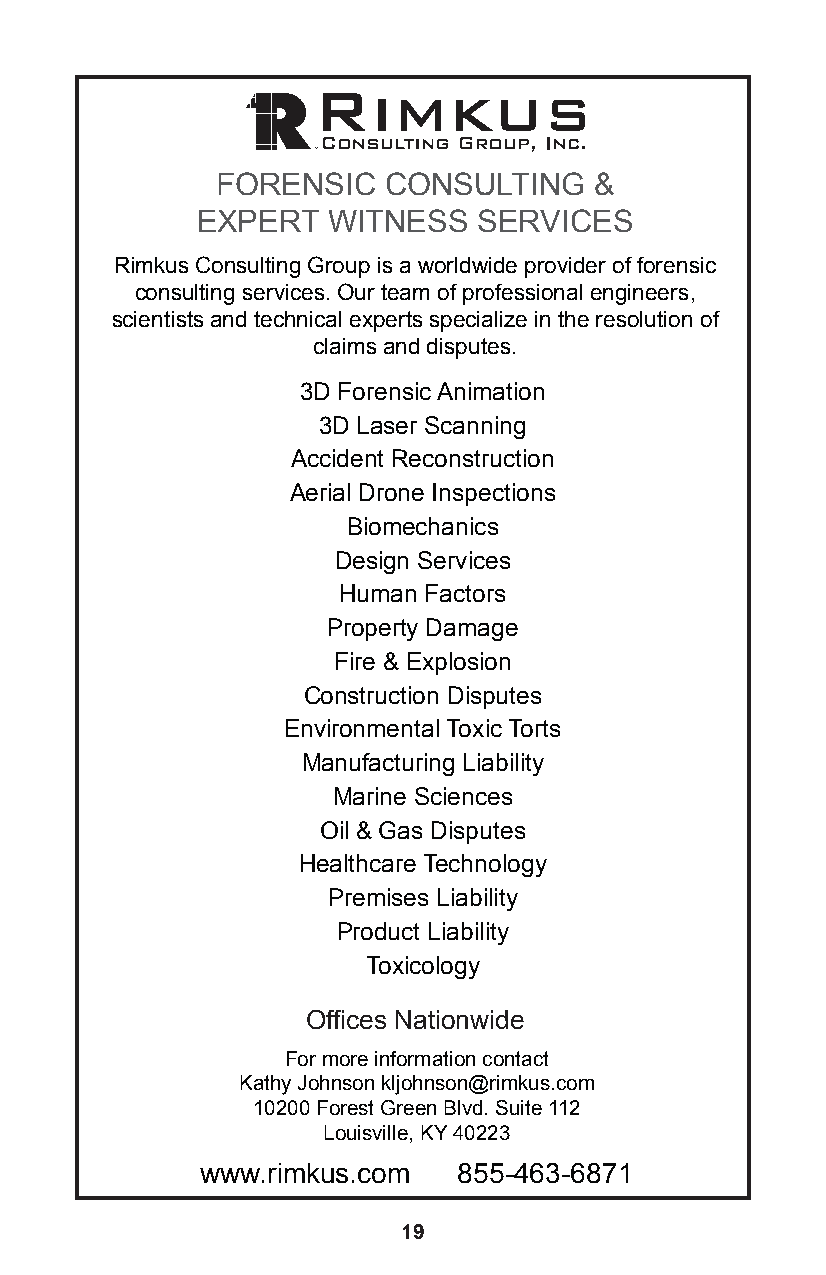
FORENSIC   CONSULTING    &
 EXPERT   WITNESS   SERVICES
 Rimkus Consulting Group is a worldwide provider of forensic
 consulting services. Our team of professional engineers,
 scientists and technical experts specialize in the resolution of
 claims and disputes.
 3D Forensic Animation
 3D Laser Scanning
 Accident Reconstruction
 Aerial Drone Inspections
 Biomechanics
 Design Services
 Human Factors
 Property Damage
 Fire & Explosion
 Construction Disputes
 Environmental Toxic Torts
 Manufacturing Liability
 Marine Sciences
 Oil & Gas Disputes
 Healthcare Technology
 Premises Liability
 Product Liability
 Toxicology
 Offices Nationwide
 For more information contact
 Kathy Johnson kljohnson@rimkus.com
 10200 Forest Green Blvd. Suite 112
 Louisville, KY 40223
 www.rimkus.com   855-463-6871
 19